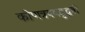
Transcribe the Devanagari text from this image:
कोणत्रयवदुद्भवी